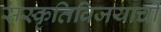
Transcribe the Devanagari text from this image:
संस्कृतिविजयाची